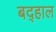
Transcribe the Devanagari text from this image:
बद्हाल